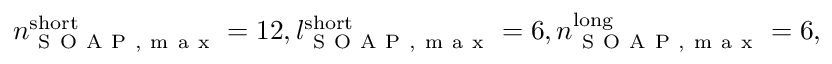
n _ { \mathrm { ~ S ~ O ~ A ~ P ~ , ~ m ~ a ~ x ~ } } ^ { \mathrm { s h o r t } } = 1 2 , l _ { \mathrm { ~ S ~ O ~ A ~ P ~ , ~ m ~ a ~ x ~ } } ^ { \mathrm { s h o r t } } = 6 , n _ { \mathrm { ~ S ~ O ~ A ~ P ~ , ~ m ~ a ~ x ~ } } ^ { \mathrm { l o n g } } = 6 ,